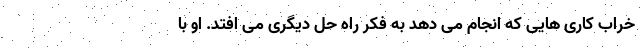
خراب کاری هایی که انجام می دهد به فکر راه حل دیگری می افتد. او با